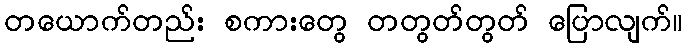
တယောက်တည်း စကားတွေ တတွတ်တွတ် ပြောလျက်။